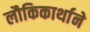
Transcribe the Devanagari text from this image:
लौकिकार्थाने